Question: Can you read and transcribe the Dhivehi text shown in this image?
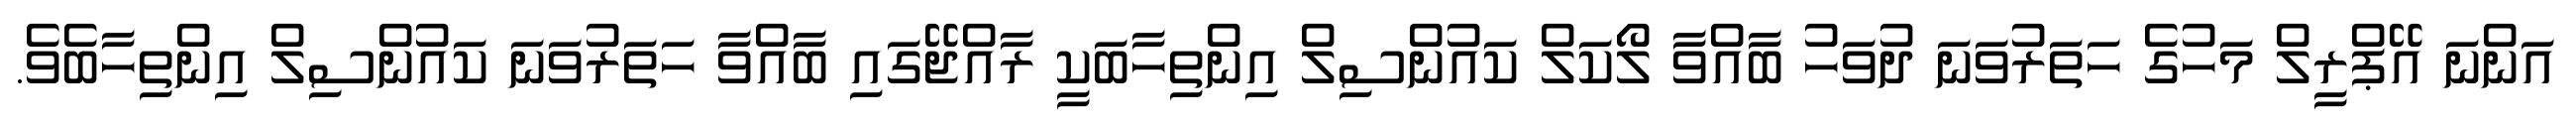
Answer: އަންނަ އޭޕްރީލް މަހުގެ ހަތަރުވަނަ ދުވަހު ބާއްވާ ލޯކަލް ކައުންސިލް އިންތިހާބަކީ ރާއްޖޭގައި ބާއްވާ ހަތަރުވަނަ ކައުންސިލް އިންތިހާބެވެ.